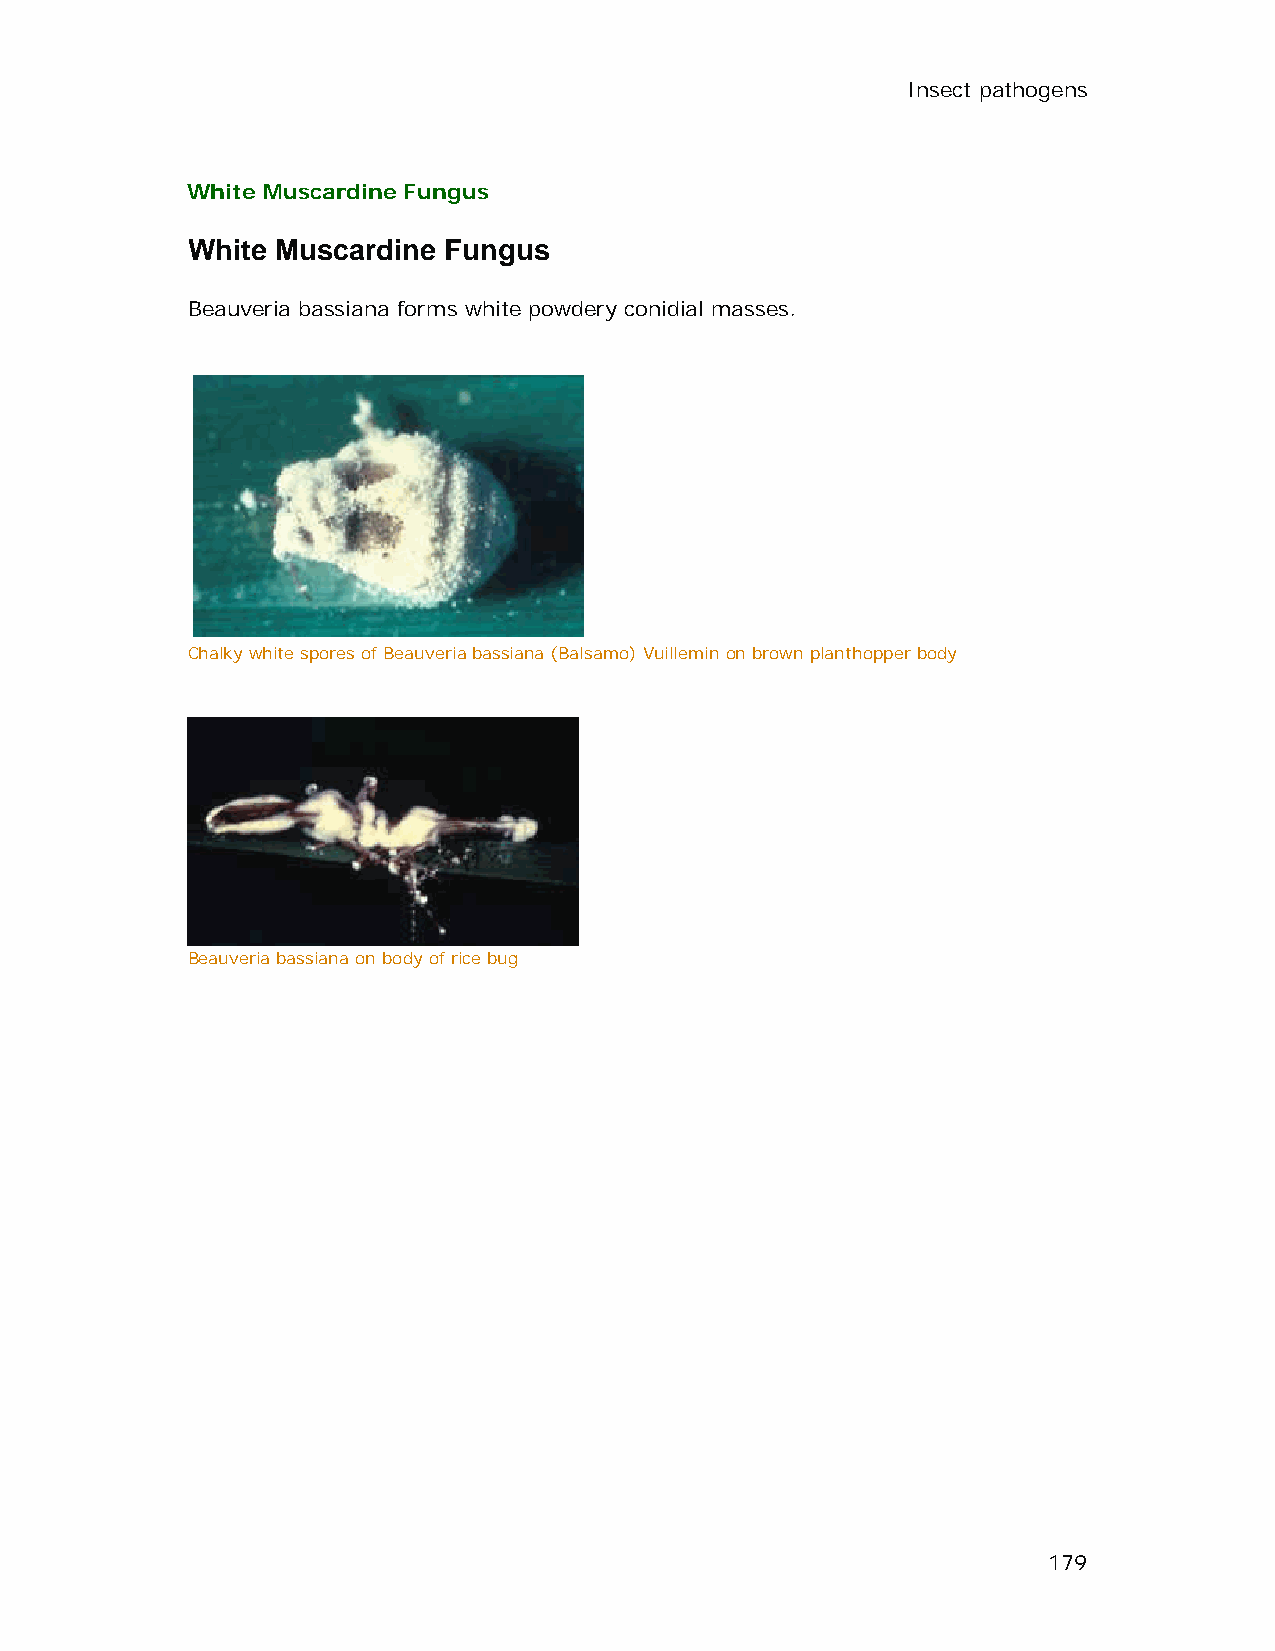
Insect pathogens
 White Muscardine Fungus
 White Muscardine Fungus
 Beauveria bassiana forms white powdery conidial masses.
 Chalky white spores of Beauveria bassiana (Balsamo) Vuillemin on brown planthopper body
 Beauveria bassiana on body of rice bug
 179